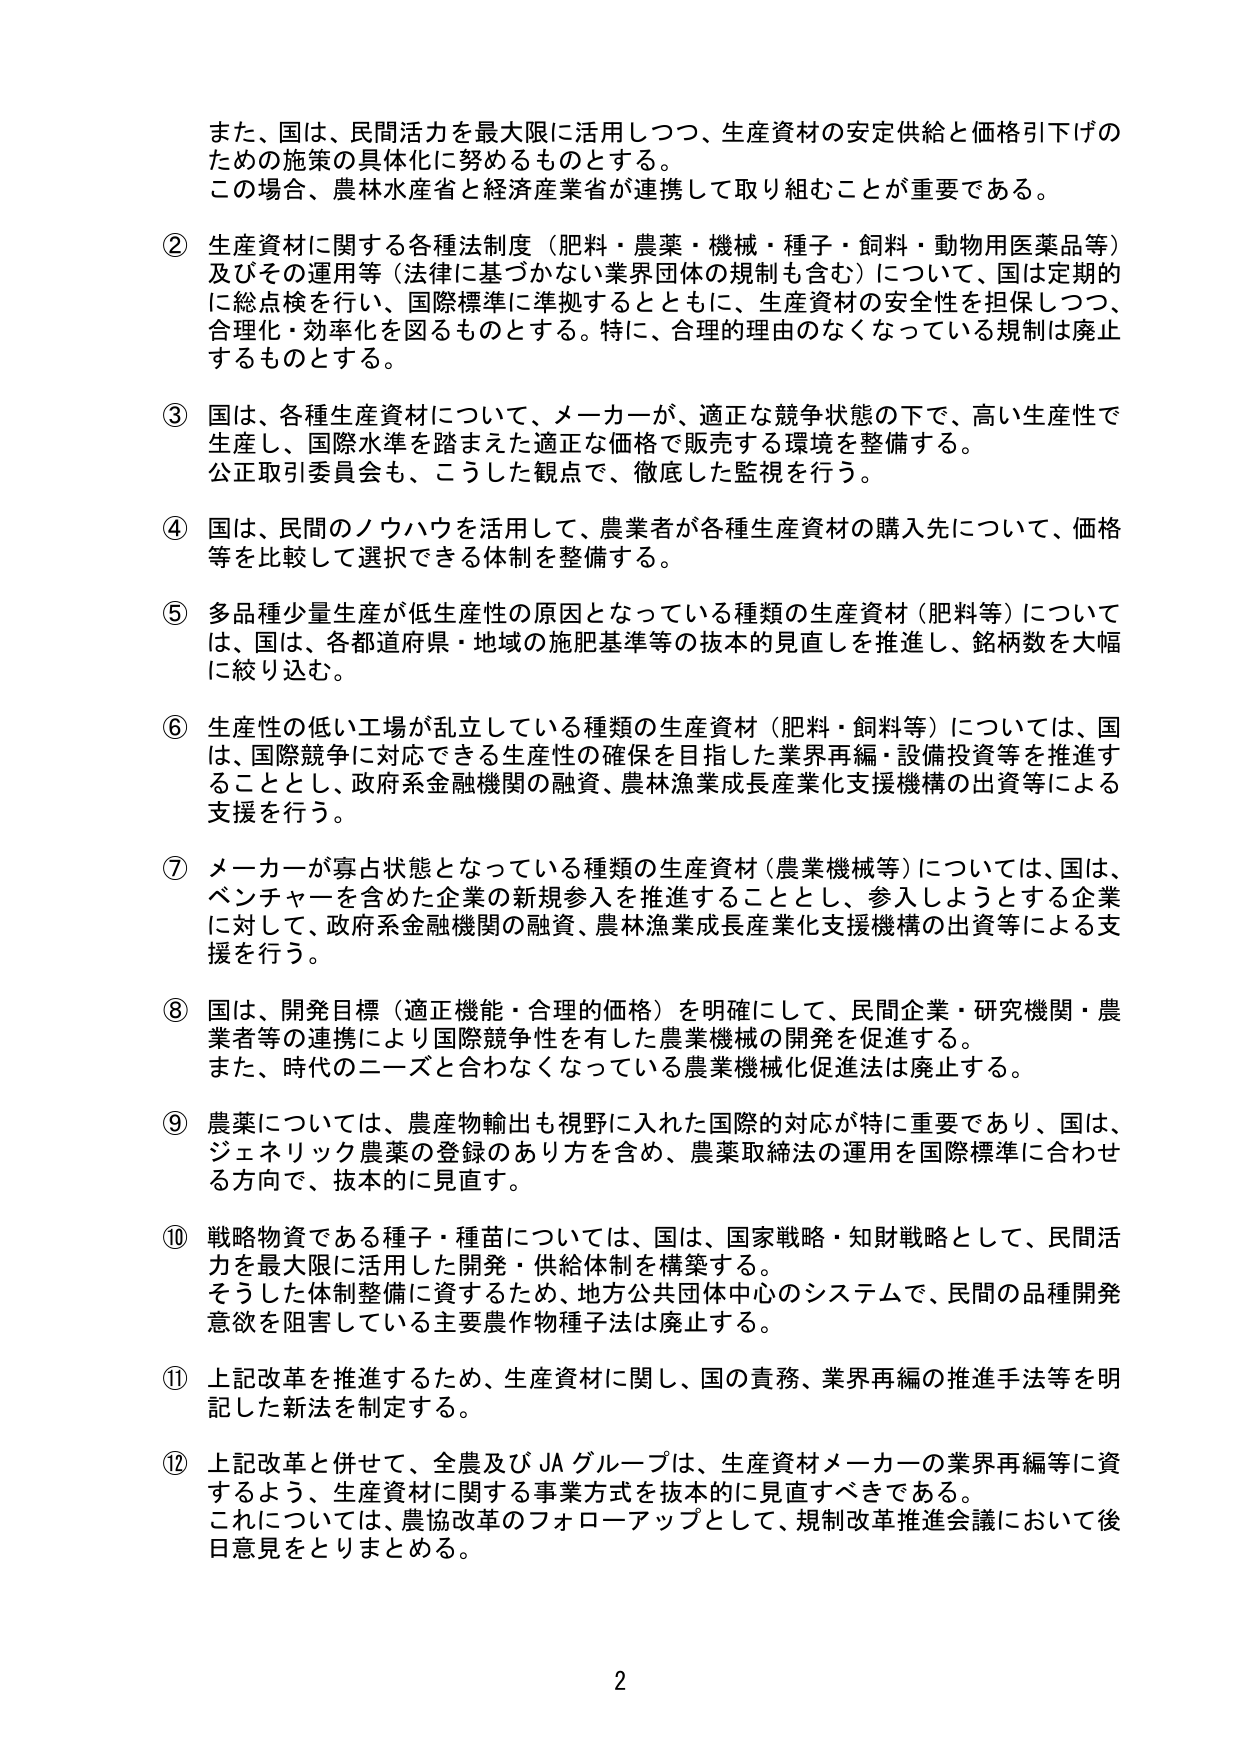
また、国は、民間活力を最大限に活用しつつ、生産資材の安定供給と価格引下げのための施策の具体化に努めるものとする。
この場合、農林水産省と経済産業省が連携して取り組むことが重要である。

② 生産資材に関する各種法制度（肥料・農薬・機械・種子・飼料・動物用医薬品等）及びその運用等（法律に基づかない業界団体の規制も含む）について、国は定期的に総点検を行い、国際標準に準拠するとともに、生産資材の安全性を担保しつつ、合理化・効率化を図るものとする。特に、合理的理由のなくなっている規制は廃止するものとする。

③ 国は、各種生産資材について、メーカーが、適正な競争状態の下で、高い生産性で生産し、国際水準を踏まえた適正な価格で販売する環境を整備する。
公正取引委員会も、こうした観点で、徹底した監視を行う。

④ 国は、民間のノウハウを活用して、農業者が各種生産資材の購入先について、価格等を比較して選択できる体制を整備する。

⑤ 多品種少量生産が低生産性の原因となっている種類の生産資材（肥料等）については、国は、各都道府県・地域の施肥基準等の抜本的見直しを推進し、銘柄数を大幅に絞り込む。

⑥ 生産性の低い工場が乱立している種類の生産資材（肥料・飼料等）については、国は、国際競争に対応できる生産性の確保を目指した業界再編・設備投資等を推進することとし、政府系金融機関の融資、農林漁業成長産業化支援機構の出資等による支援を行う。

⑦ メーカーが寡占状態となっている種類の生産資材（農業機械等）については、国は、ベンチャーを含めた企業の新規参入を推進することとし、参入しようとする企業に対して、政府系金融機関の融資、農林漁業成長産業化支援機構の出資等による支援を行う。

⑧ 国は、開発目標（適正機能・合理的価格）を明確にして、民間企業・研究機関・農業者等の連携により国際競争性を有した農業機械の開発を促進する。
また、時代のニーズと合わなくなっている農業機械化促進法は廃止する。

⑨ 農薬については、農産物輸出も視野に入れた国際的対応が特に重要であり、国は、ジェネリック農薬の登録のあり方を含め、農薬取締法の運用を国際標準に合わせる方向で、抜本的に見直す。

⑩ 戦略物資である種子・種苗については、国は、国家戦略・知財戦略として、民間活力を最大限に活用した開発・供給体制を構築する。
そうした体制整備に資するため、地方公共団体中心のシステムで、民間の品種開発意欲を阻害している主要農作物種子法は廃止する。

⑪ 上記改革を推進するため、生産資材に関し、国の責務、業界再編の推進手法等を明記した新法を制定する。

⑫ 上記改革と併せて、全農及びJAグループは、生産資材メーカーの業界再編等に資するよう、生産資材に関する事業方式を抜本的に見直すべきである。
これについては、農協改革のフォローアップとして、規制改革推進会議において後日意見をとりまとめる。

2